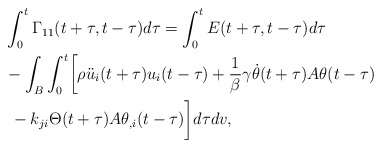
\begin{align*}\begin{aligned} & \int_{0}^{t}\Gamma_{11}(t+\tau,t-\tau)d\tau=\int_{0}^{t}E(t+\tau,t-\tau)d\tau\\ & -\int_{B}\int_{0}^{t}\biggl[\rho\ddot{u}_{i}(t+\tau)u_{i}(t-\tau)+\frac{1}{\beta}\gamma\dot{\theta}(t+\tau)A\theta(t-\tau)\\ & \ -k_{ji}\Theta(t+\tau)A\theta_{,i}(t-\tau)\biggr]d\tau dv,\end{aligned}\end{align*}